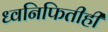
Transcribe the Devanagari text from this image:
ध्वनिफितीही